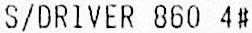
S/DRIVER 860 4#